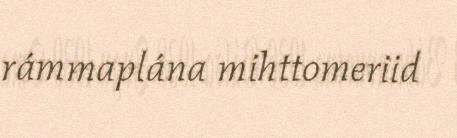
rámmaplána mihttomeriid